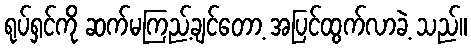
ရုပ်ရှင်ကို ဆက်မကြည့်ချင်တော့ အပြင်ထွက်လာခဲ့ သည်။